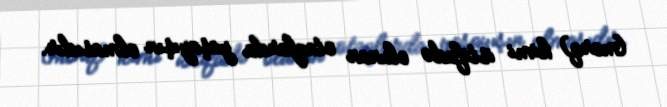
(morq) kimi istifadə olunan otaqlarda yaşayışın olmasıdır.